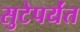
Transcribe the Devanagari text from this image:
सुटेपर्यंत